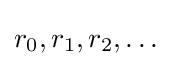
r_{0},r_{1},r_{2},\ldots